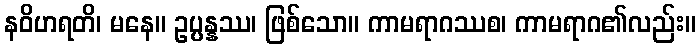
နဝိဟရတိ၊ မနေ။ ဥပ္ပန္နဿ၊ ဖြစ်သော။ ကာမရာဂဿစ၊ ကာမရာဂ၏လည်း။